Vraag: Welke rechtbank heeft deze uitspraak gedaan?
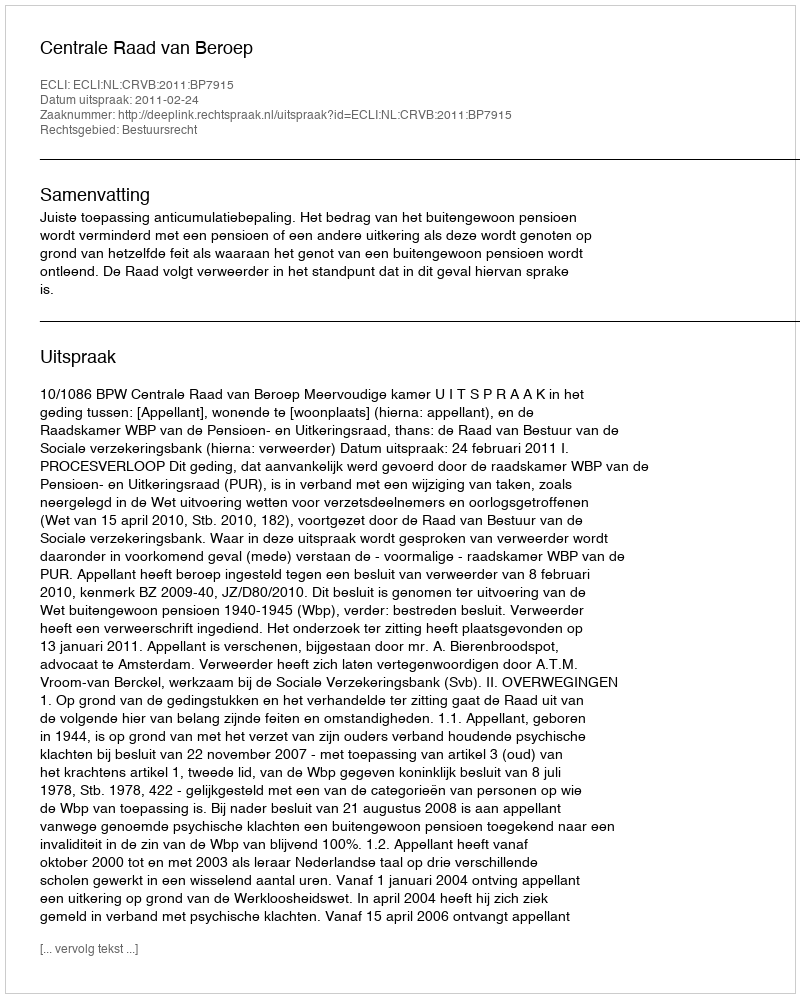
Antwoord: Centrale Raad van Beroep